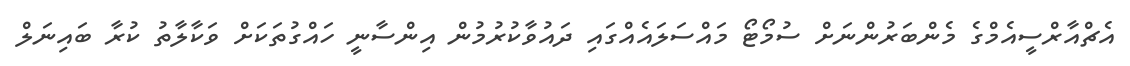
އެޗްއާރްސީއެމްގެ މެންބަރުންނަށް ސުމޯޓޯ މައްސަލައެއްގައި ދައުވާކުރުމުން އިންސާނީ ހައްގުތަކަށް ވަކާލާތު ކުރާ ބައިނަލް